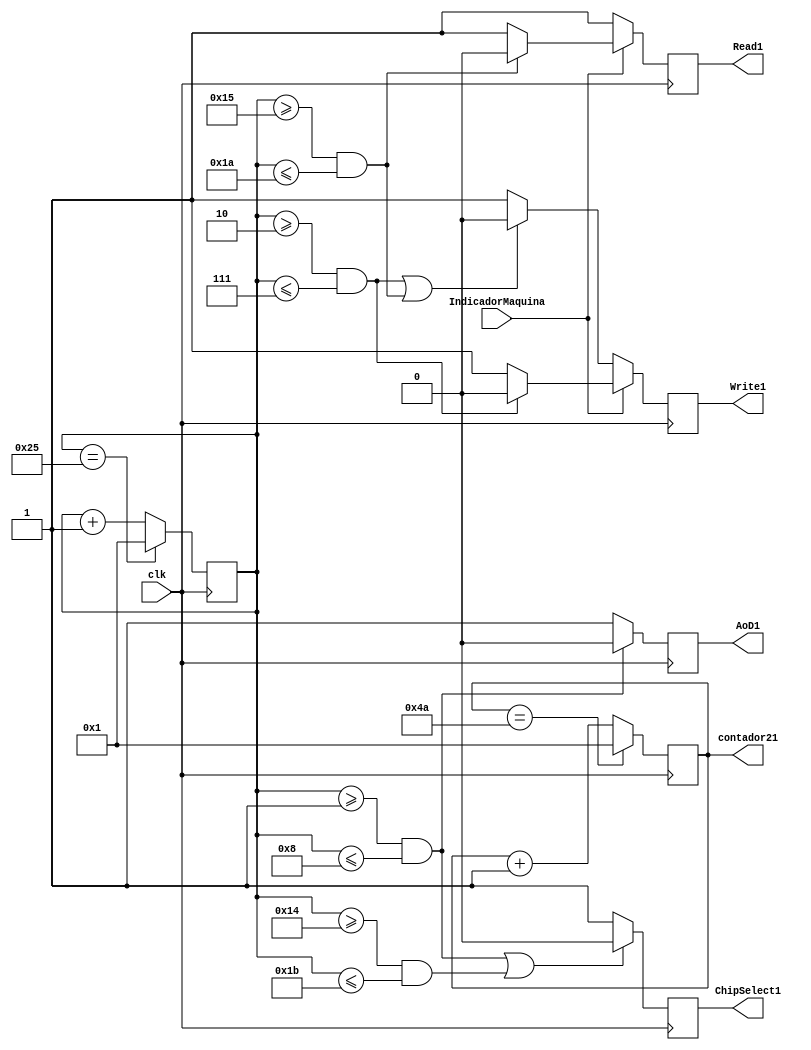
`timescale 1ns / 1ps

module GeneradorFunciones(     //Definicion entradas y salidas
    input wire clk,                 
    input wire IndicadorMaquina,  //Seal que indica accin que se esta realizando // En cero ejecuta seales Write y en 1 seales read
    output wire ChipSelect1,Read1,Write1,AoD1, //Seales de entrada del RTC
    output wire [6:0]contador21
    );
       
reg [6:0] contador2=1,contador=1;
reg ChipSelect=1,Read=1,Write=1,AoD;

assign contador21 = contador;
assign ChipSelect1 =ChipSelect;
assign Read1 = Read;
assign AoD1 = AoD;
assign Write1=Write;



always @(posedge clk)
   begin
      contador2<=contador2 +6'd1; //contador para general seal
        if(contador2==6'd37)
            begin
            contador2<=6'd01;
            end
      
   end

 
   always @(posedge clk)
      begin
         contador<=contador +6'd1; //contador para modulo cuenta el doble del anterior
         if(contador==8'h4a)
           begin
           contador<=8'h01;
           end
      end



always @(posedge clk)
begin
  if(IndicadorMaquina)
    begin
    if((contador2>=6'd01 && contador2<=6'd8)|(contador2>=6'd20 && contador2<=6'd27))
        begin
        ChipSelect<=0;
        end
        else begin
        ChipSelect<=1;
        end
    if((contador2>=6'd01 && contador2<=6'd8))
        begin
        AoD<=0;
        end
        else begin
        AoD<=1;
        end
     if((contador2>=6'd02 && contador2<=6'd7))
        begin
        Write<=0;
        end
        else begin
        Write<=1;
        end
     if((contador2>=6'd21 && contador2<=6'd26))
        begin
        Read<=0;
        end
        else begin
        Read<=1;
        end            
    end
    else
    begin
    if((contador2>=6'd01 && contador2<=6'd8)|(contador2>=6'd20 && contador2<=6'd27))
        begin
        ChipSelect<=0;
        end
        else begin
        ChipSelect<=1;
        end
    if((contador2>=6'd01 && contador2<=6'd8))
        begin
        AoD<=0;
        end
        else begin
        AoD<=1;
        end
    if((contador2>=6'd02 && contador2<=6'd7)|(contador2>=6'd21 && contador2<=6'd26))
        begin
        Write<=0;
        end
        else begin
        Write<=1;
        end
     if((contador2>=6'd21 && contador2<=6'd26))
        begin
        Read<=1;
        end
        else begin
        Read<=1;
        end            
    end
end 
  
endmodule